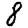
Digit: 8